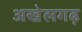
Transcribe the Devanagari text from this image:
अखेलगढ़